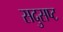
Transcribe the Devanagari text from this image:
सदुसष्ट